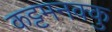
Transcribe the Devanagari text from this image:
कट्टमनक्कु